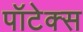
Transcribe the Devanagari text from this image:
पॉटेक्स